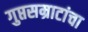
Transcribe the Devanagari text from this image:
गुप्तसम्राटांचा